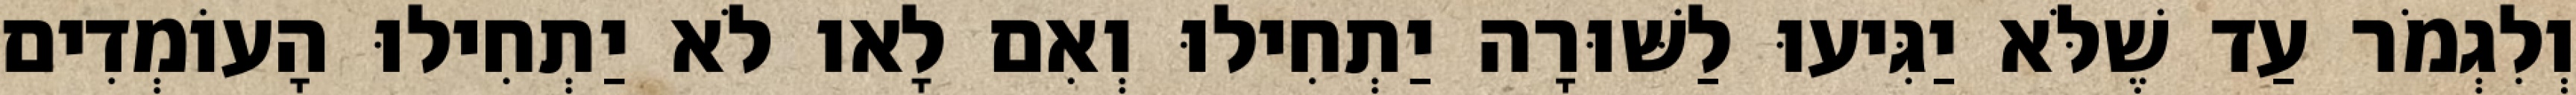
וְלִגְמֹר עַד שֶׁלֹּא יַגִּיעוּ לַשּׁוּרָה יַתְחִילוּ וְאִם לָאו לֹא יַתְחִילוּ הָעוֹמְדִים